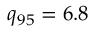
q _ { 9 5 } = 6 . 8